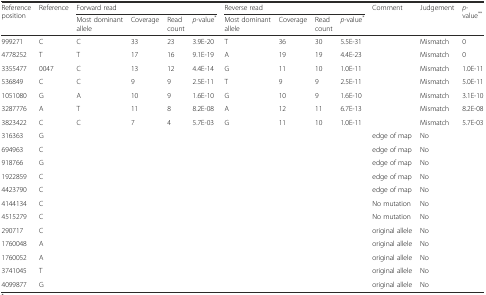
<table><thead><tr><td rowspan="2"><b>Reference position</b></td><td rowspan="2"><b>Reference</b></td><td colspan="4"><b>Forward read</b></td><td colspan="4"><b>Reverse read</b></td><td rowspan="2"><b>Comment</b></td><td rowspan="2"><b>Judgement</b></td><td rowspan="2"><b><i>p</i>-value<sup>**</sup></b></td></tr><tr><td><b>Most dominant allele</b></td><td><b>Coverage</b></td><td><b>Read count</b></td><td><b><i>p</i>-value<sup>*</sup></b></td><td><b>Most dominant allele</b></td><td><b>Coverage</b></td><td><b>Read count</b></td><td><b><i>p</i>-value<sup>*</sup></b></td></tr></thead><tbody><tr><td>999271</td><td>C</td><td>C</td><td>33</td><td>23</td><td>3.9E-20</td><td>T</td><td>36</td><td>30</td><td>5.5E-31</td><td></td><td>Mismatch</td><td>0</td></tr><tr><td>4778252</td><td>T</td><td>T</td><td>17</td><td>16</td><td>9.1E-19</td><td>A</td><td>19</td><td>19</td><td>4.4E-23</td><td></td><td>Mismatch</td><td>0</td></tr><tr><td>3355477</td><td>0047</td><td>C</td><td>13</td><td>12</td><td>4.4E-14</td><td>G</td><td>11</td><td>10</td><td>1.0E-11</td><td></td><td>Mismatch</td><td>1.0E-11</td></tr><tr><td>536849</td><td>C</td><td>C</td><td>9</td><td>9</td><td>2.5E-11</td><td>T</td><td>9</td><td>9</td><td>2.5E-11</td><td></td><td>Mismatch</td><td>5.0E-11</td></tr><tr><td>1051080</td><td>G</td><td>A</td><td>10</td><td>9</td><td>1.6E-10</td><td>G</td><td>10</td><td>9</td><td>1.6E-10</td><td></td><td>Mismatch</td><td>3.1E-10</td></tr><tr><td>3287776</td><td>A</td><td>T</td><td>11</td><td>8</td><td>8.2E-08</td><td>A</td><td>12</td><td>11</td><td>6.7E-13</td><td></td><td>Mismatch</td><td>8.2E-08</td></tr><tr><td>3823422</td><td>C</td><td>C</td><td>7</td><td>4</td><td>5.7E-03</td><td>G</td><td>11</td><td>10</td><td>1.0E-11</td><td></td><td>Mismatch</td><td>5.7E-03</td></tr><tr><td>316363</td><td>G</td><td></td><td></td><td></td><td></td><td></td><td></td><td></td><td></td><td>edge of map</td><td>No</td><td></td></tr><tr><td>694963</td><td>C</td><td></td><td></td><td></td><td></td><td></td><td></td><td></td><td></td><td>edge of map</td><td>No</td><td></td></tr><tr><td>918766</td><td>G</td><td></td><td></td><td></td><td></td><td></td><td></td><td></td><td></td><td>edge of map</td><td>No</td><td></td></tr><tr><td>1922859</td><td>C</td><td></td><td></td><td></td><td></td><td></td><td></td><td></td><td></td><td>edge of map</td><td>No</td><td></td></tr><tr><td>4423790</td><td>C</td><td></td><td></td><td></td><td></td><td></td><td></td><td></td><td></td><td>edge of map</td><td>No</td><td></td></tr><tr><td>4144134</td><td>C</td><td></td><td></td><td></td><td></td><td></td><td></td><td></td><td></td><td>No mutation</td><td>No</td><td></td></tr><tr><td>4515279</td><td>C</td><td></td><td></td><td></td><td></td><td></td><td></td><td></td><td></td><td>No mutation</td><td>No</td><td></td></tr><tr><td>290717</td><td>C</td><td></td><td></td><td></td><td></td><td></td><td></td><td></td><td></td><td>original allele</td><td>No</td><td></td></tr><tr><td>1760048</td><td>A</td><td></td><td></td><td></td><td></td><td></td><td></td><td></td><td></td><td>original allele</td><td>No</td><td></td></tr><tr><td>1760052</td><td>A</td><td></td><td></td><td></td><td></td><td></td><td></td><td></td><td></td><td>original allele</td><td>No</td><td></td></tr><tr><td>3741045</td><td>T</td><td></td><td></td><td></td><td></td><td></td><td></td><td></td><td></td><td>original allele</td><td>No</td><td></td></tr><tr><td>4099877</td><td>G</td><td></td><td></td><td></td><td></td><td></td><td></td><td></td><td></td><td>original allele</td><td>No</td><td></td></tr></tbody></table>